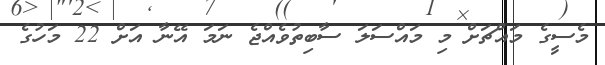
މެސީގެ މައްޗަށް މި މައްސަލަ ސާބިތުވެއްޖެ ނަމަ އޭނާ އަށް 22 މަހުގެ